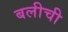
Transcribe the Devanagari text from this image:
बलीची